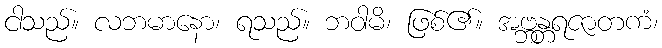
ငါသည်။ လဘမာနော၊ ရသည်။ ဘဝါမိ၊ ဖြစ်၏။ အဗ္ဘန္တရဇာတကံ၊